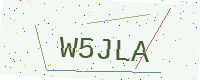
Text: W5JLA